Civil Veterinary Department. United Provinces 1923-31 - 1923-1931
Year: 1923
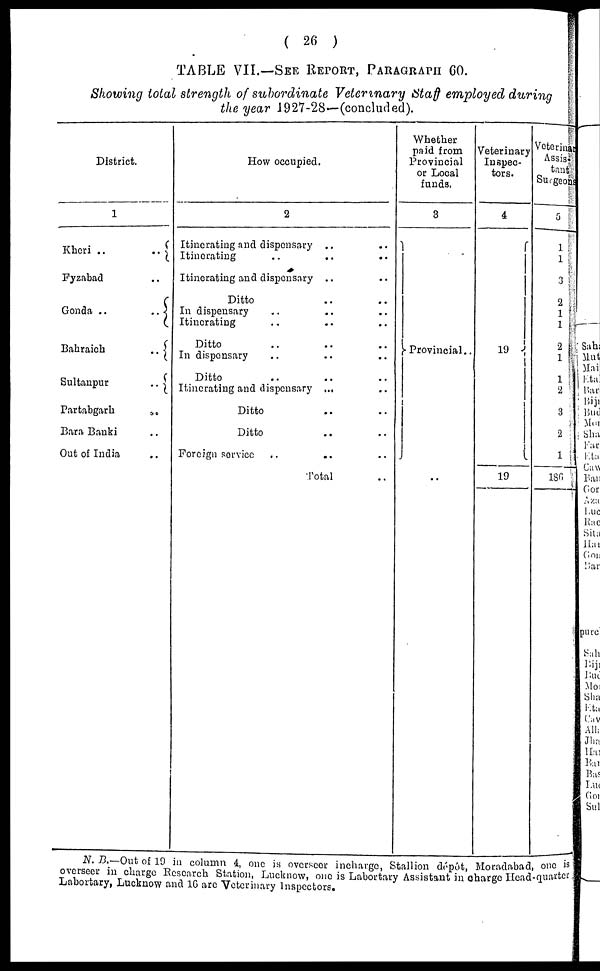
(26)
TABLE VII.—SEE REPORT, PATAGRAPHS 60.
Showing total strength of subordinate Veterinary Staff employed during
the year 1927-28—(concluded).
District.
1
Kheri
..
..
Fyzabad
..
Gonda ..
..
Bahraich
..
Sultanpur
..
Partabgarh
..
Baca Banki
..
Out of India
..
How occupied.
2
Itincrating and dispensary .. ..
Itinerating .. .. ..
Itinerating and dispensary .. ..
Ditto .. ..
In dispensary .. .. ..
Itinerating .. .. ..
Ditto .. .. ..
In dispensary .. ..
Ditto .. .. ..
Itinerating and dispensary ... ..
Ditto .. ..
Ditto .. ..
Foreign service ..
.. ..
Total ..
Whether
paid from
Provincial
or Local
funds.
3
Provincial..
..
Veterinary
Inspec-
tors.
4
19
19
Veterin
Assis
tan
Surgec
5
1
1
3
2
1
1
2
1
1
2
3
2
1
186
N. B.-Out of 19 in column 4, one is overscor incharge, Stallion dépôt, Moradabad, one is
overseer in charge Research Station, Lucknow, one is Labortary Assistant in charge Head-quarter
Labortary, Lucknow and 10 are Veterinary Inspectors.